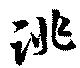
誂